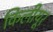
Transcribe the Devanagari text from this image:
किलीयूर